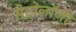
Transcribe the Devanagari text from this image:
मेट्रोलॉजी